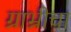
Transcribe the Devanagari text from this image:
ग्राभ्रीचा